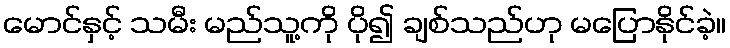
မောင်နှင့် သမီး မည်သူ့ကို ပို၍ ချစ်သည်ဟု မပြောနိုင်ခဲ့။